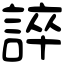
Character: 誶